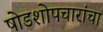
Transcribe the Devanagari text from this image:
षोडशोपचारांचा